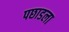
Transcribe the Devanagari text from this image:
पछाडला